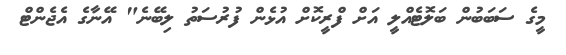
މީގެ ސަބަބުން ބަލޮޓެއްލީ އަށް ފްރީކޮށް އުޅެން ފުރުސަތު ލިބޭނެ" އޭނާގެ އެޖެންޓް